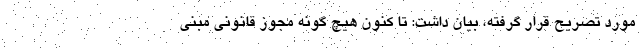
مورد تصریح قرار گرفته، بیان داشت: تا کنون هیچ گونه مجوز قانونی مبنی